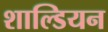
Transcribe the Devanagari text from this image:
शाल्डियन